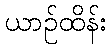
ယာဉ်ထိန်း